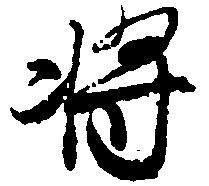
将